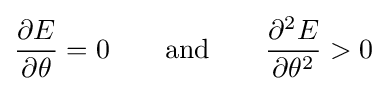
{\frac {\partial E}{\partial \theta }}=0\qquad {\text{and}}\qquad {\frac {\partial ^{2}E}{\partial \theta ^{2}}}>0